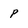
Character: P